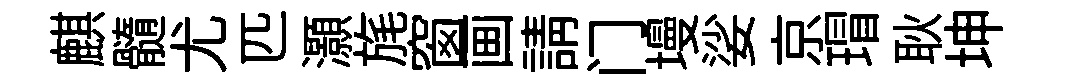
麒髓尤匹灝旄窗画請门墁娑京瑁耿坤